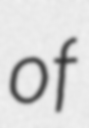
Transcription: of